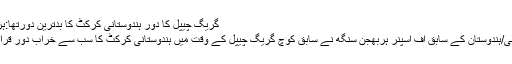
گریگ چیپل کا دور ہندوستانی کرکٹ کا بدترین دورتھا:ہربھجن
نئی دہلی/ہندوستان کے سابق آف اسپنر ہربھجن سنگھ نے سابق کوچ گریگ چیپل کے وقت میں ہندوستانی کرکٹ کا سب سے خراب دور قرار دیا ۔